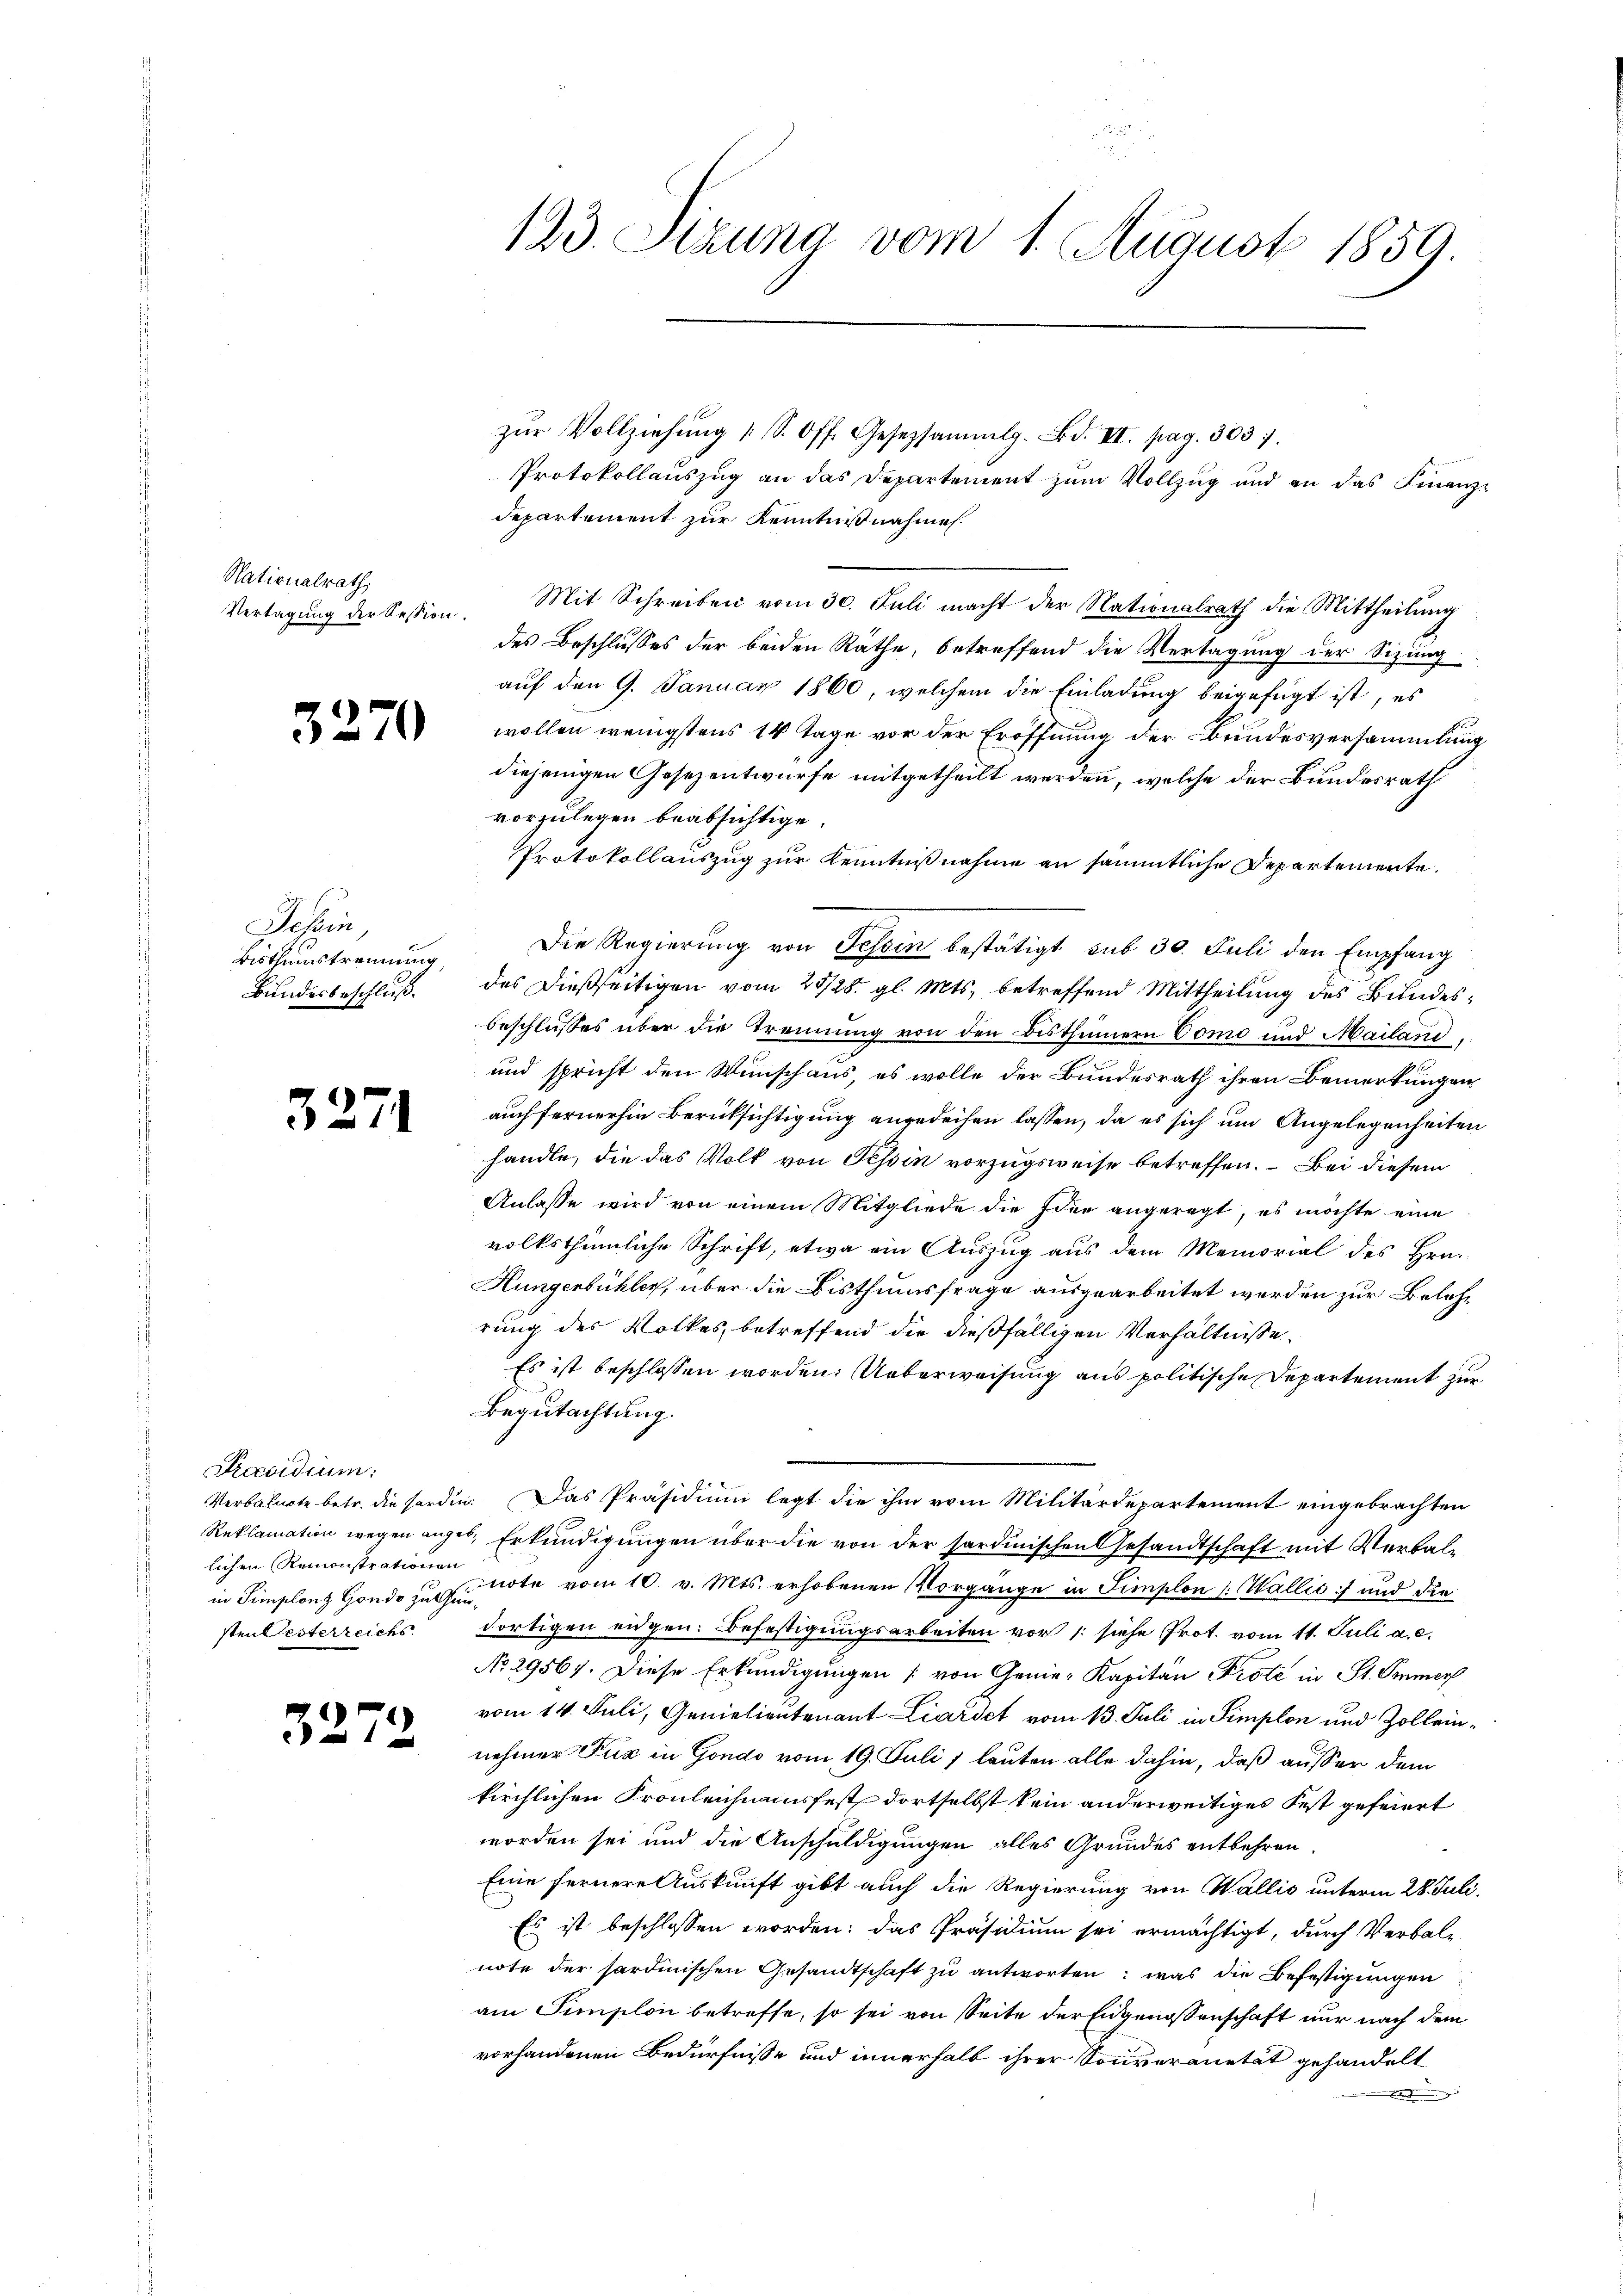
Nationalrath,
Vertagung der Session.

3.

7

Sehen,
Bisthumstrennung,
Bundesbeschluß.

3271

Praesidium
lichen Remonstrationen
in Simplonz Gondo zu ihm
sten Gesterreichs

3272

zŭr Vollziehŭng 1 S. Off. Gesetzsammlg. Bd. II. pag. 303.
Protokollauszug an das Departement zŭm Vollzug und an das Finanz-
departement zur Kenntnißnahme.
Mit Schreiben vom 30. Juli macht der Nationalrath die Mittheilung
des Beschlusses der beiden Räthe, betreffend die Vertagung der Sizung
auf den 9. Januar 1860, welchem die Einladung beigefügt ist, es
wollen wenigstens 14 Tage vor der Eröffnung der Bundesversammlung
diejenigen Gesezentwurfe mitgetheilt werden, welche der Bundesrath
vorzulegen beabsichtige.
Protokollauszug zur Kenntnißnahme an sämmtliche Departemente.
Die Regierung von Tessin bestätigt sub 30. Juli den Empfang
des dießseitigen vom 25/28. gl. Mts. betreffend Mittheilung des Bundesbeschlusses über die Trennung von den Bisthümern Como und Mailand,
und spricht den Wunschaus, es wolle der Bundesrath ihren Bemerkungen
auch fernerhin Berücksichtigung angedeihen lassen, da es sich um Angelegenheiten
handle, die das Volk von Tessin vorzugsweise betreffen. – Bei diesem
Anlasse wird von einem Mitgliede die Idee angeregt, es möchte eine
volksthümliche Schrift, etwa ein Auszug aus dem Memorial des Hrn.
Hungenbühler, über die Bisthumsfrage ausgearbeitet werden zur Belehrung des Volkes, betreffend die dießfälligen Verhältnisse,
Es ist beschlossen worden. Ueberweisung aus politische Departement zur
Begutachtung.
Verbaute betr. die Forden. Das Präsidium legt die ihm vom Militärdepartement eingebrachten
Reklamation wegen angel. Erkundigungen über die von der sardinischen Gesandtschaft mit Verbalnote vom 10. v. Mts. erhobenen Vorgänge in Simplon Wallis und die
dortigen eidgen. Befestigungsarbeiten vor 1: siehe Prot. vom 11. Juli a. c.
No 29567. Diese Erkundigungen (von Genie-Kapitän Prote in St. Immer
vom 14. Juli, Genietientenant Liardet vom 13. Juli in Simplon und Zolleinnehmer Puz in Gondo vom 19. Juli 1 lauten alle dahin, daß ausser dem
kirchlichen Fronleichnamsfest dortselbst kein anderweitiges Fest gefeiert
worden sei und die Anschuldigungen alles Grundes entbehren.
Eine fernere Auskunft gibt auch die Regierung von Wallis unterm 28. Juli
Es ist beschlossen worden; das Präsidium sei ermächtigt, durch Verbal-
note der sardinischen Gesandtschaft zu antworten: was die Befestigungen
am Simplon betreffe, so sei von Seite der Eidgenossenschaft nur nach dem
vorhandenen Bedürfnisse und innerhalb ihrer Souveranetät gehandelt
g

123. Stzung vom 1. August 1859.